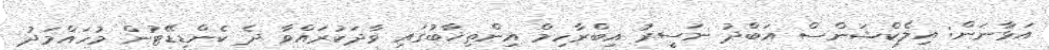
އަޅާނަން: އިލެކްޝަންސް އަބްދު ނަސީރު އިބްރާހިމް އިންތިޚާބުގައި ވާދަކުރައްވާ ދެ ކެންޑިޑޭޓުން މުހައްމަދު